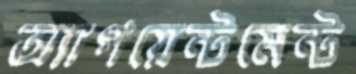
অ্যাপয়েন্টমেন্ট